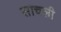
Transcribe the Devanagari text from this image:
साचली